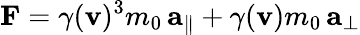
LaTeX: \mathbf{F}=\gamma(\mathbf{v})^{3}m_{0}\, \mathbf{a}_{\parallel}+\gamma(\mathbf{v})m_{0}\, \mathbf{a}_{\perp}